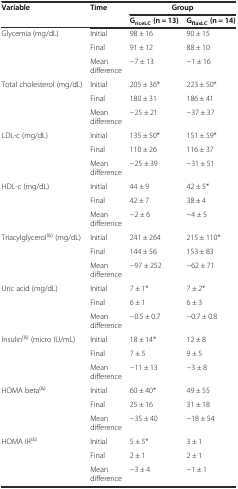
| <ROWSPAN=2> Variable | <ROWSPAN=2> Time | <COLSPAN=2> Group |
 | GriceLC (n = 13) | GflaxLC (n = 14) |
 | --- | --- | --- | --- |
 | <ROWSPAN=2> Glycemia (mg/dL) | Initial | 98 ± 16 | 90 ± 15 |
 | Final | 91 ± 12 | 88 ± 10 |
 |  | Mean difference | -7 ± 13 | -1 ± 16 |
 | <ROWSPAN=2> Total cholesterol (mg/dL) | Initial | 205 ± 36* | 223 ± 50* |
 | Final | 180 ± 31 | 186 ± 41 |
 |  | Mean difference | -25 ± 21 | -37 ± 37 |
 | <ROWSPAN=2> LDL-c (mg/dL) | Initial | 135 ± 50* | 151 ± 59* |
 | Final | 110 ± 26 | 116 ± 37 |
 |  | Mean difference | -25 ± 39 | -31 ± 51 |
 | <ROWSPAN=2> HDL-c (mg/dL) | Initial | 44 ± 9 | 42 ± 5* |
 | Final | 42 ± 7 | 38 ± 4 |
 |  | Mean difference | -2 ± 6 | -4 ± 5 |
 | <ROWSPAN=2> Triacylglycerol(&) (mg/dL) | Initial | 241 ± 264 | 215 ± 110* |
 | Final | 144 ± 56 | 153 ± 83 |
 |  | Mean difference | -97 ± 252 | -62 ± 71 |
 | <ROWSPAN=2> Uric acid (mg/dL) | Initial | 7 ± 1* | 7 ± 2* |
 | Final | 6 ± 1 | 6 ± 3 |
 |  | Mean difference | -0.5 ± 0.7 | -0.7 ± 0.8 |
 | <ROWSPAN=2> Insulin(&) (micro IU/mL) | Initial | 18 ± 14* | 12 ± 8 |
 | Final | 7 ± 5 | 9 ± 5 |
 |  | Mean difference | -11 ± 13 | -3 ± 8 |
 | <ROWSPAN=2> HOMA beta(&) | Initial | 60 ± 40* | 49 ± 55 |
 | Final | 25 ± 16 | 31 ± 18 |
 |  | Mean difference | -35 ± 40 | -18 ± 54 |
 | <ROWSPAN=2> HOMA IR(&) | Initial | 5 ± 5* | 3 ± 1 |
 | Final | 2 ± 1 | 2 ± 1 |
 |  | Mean difference | -3 ± 4 | -1 ± 1 |